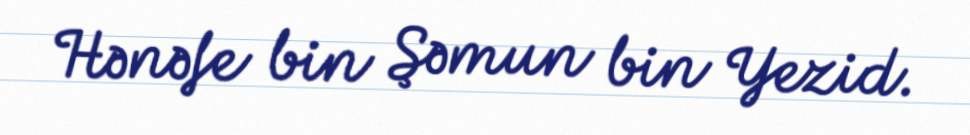
Hənəfe bin Şəmun bin Yezid.